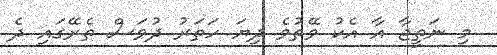
މި ނަތީޖާ އާ އެކު ވޭތުވެ ދިޔަ ހަތަރު ދުވަސް ތެރޭގައި ދެ